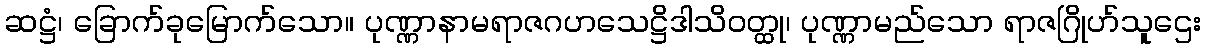
ဆဋ္ဌံ၊ ခြောက်ခုမြောက်သော။ ပုဏ္ဏာနာမရာဇဂဟသေဋ္ဌိဒါသိဝတ္ထု၊ ပုဏ္ဏာမည်သော ရာဇဂြိုဟ်သူဌေး